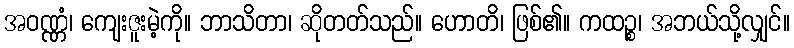
အဝဏ္ဏံ၊ ကျေးဇူးမဲ့ကို။ ဘာသိတာ၊ ဆိုတတ်သည်။ ဟောတိ၊ ဖြစ်၏။ ကထဉ္စ၊ အဘယ်သို့လျှင်။